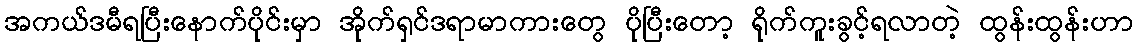
အကယ်ဒမီရပြီးနောက်ပိုင်းမှာ အိုက်ရှင်ဒရာမာကားတွေ ပိုပြီးတော့ ရိုက်ကူးခွင့်ရလာတဲ့ ထွန်းထွန်းဟာ